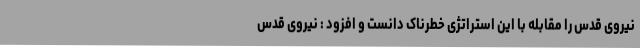
نیروی قدس را مقابله با این استراتژی خطرناک دانست و افزود : نیروی قدس